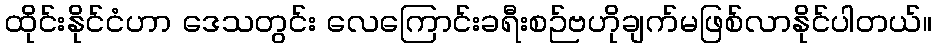
ထိုင်းနိုင်ငံဟာ ဒေသတွင်း လေကြောင်းခရီးစဉ်ဗဟိုချက်မဖြစ်လာနိုင်ပါတယ်။